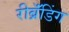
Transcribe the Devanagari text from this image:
रीब्रॅंडिंग